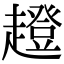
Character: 𧾊